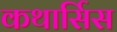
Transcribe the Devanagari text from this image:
कथार्सिस